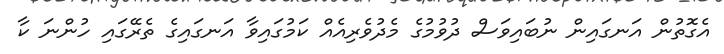
އެގޮތުން އަނގައިން ނުބައިވަސް ދުވުމުގެ މެދުވެރިއެއް ކަމުގައިވާ އަނގައިގެ ތެރޭގައި ހުންނަ ކާ